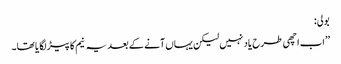
بولی:
’’اب اچھی طرح یاد نہیں لیکن یہاں آنے کے بعد یہ نیم کا پیڑ لگا یا تھا۔